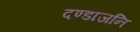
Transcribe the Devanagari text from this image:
दण्डाजनि